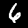
Digit: 6